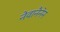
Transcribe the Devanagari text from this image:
नेवानैनेन